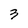
Character: 3